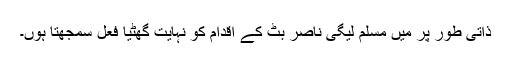
ذاتی طور پر میں مسلم لیگی ناصر بٹ کے اقدام کو نہایت گھٹیا فعل سمجھتا ہوں۔